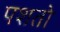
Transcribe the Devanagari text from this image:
पशतो